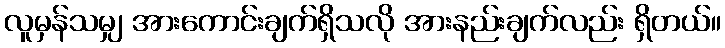
လူမှန်သမျှ အားကောင်းချက်ရှိသလို အားနည်းချက်လည်း ရှိတယ်။